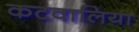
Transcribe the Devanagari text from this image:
कटवालिया